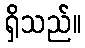
ရှိသည်။